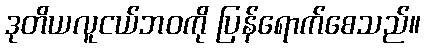
ဒုတိယလူငယ်ဘဝကို ပြန်ရောက်စေသည်။